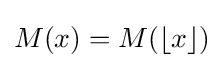
M(x)=M(\lfloor x\rfloor )